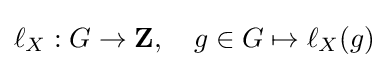
\ell _{X}:G\to \mathbf {Z} ,\quad g\in G\mapsto \ell _{X}(g)